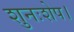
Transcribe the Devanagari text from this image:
शुनःशेप।